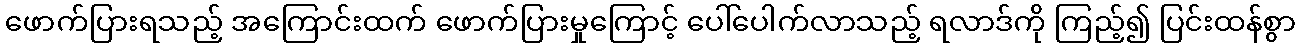
ဖောက်ပြားရသည့် အကြောင်းထက် ဖောက်ပြားမှုကြောင့် ပေါ်ပေါက်လာသည့် ရလာဒ်ကို ကြည့်၍ ပြင်းထန်စွာ